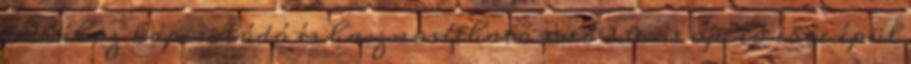
témához kapcsolódó és hasznosítható web 2.0.-s opció ebbe épül